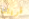
قريتنا